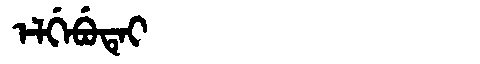
Manchu: ᡝᠯᡤᡝᠪᡠᡨᡝᡳ
Romanization: ELGEBUTEI